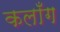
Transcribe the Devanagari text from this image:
कलाँग